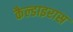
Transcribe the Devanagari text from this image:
कैल्डाइरास